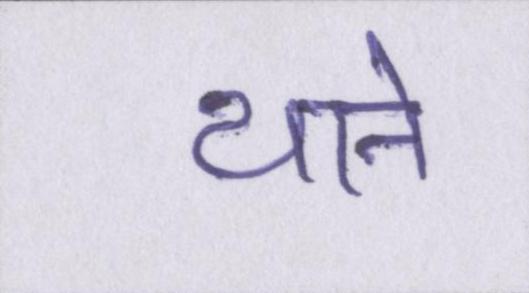
थाने